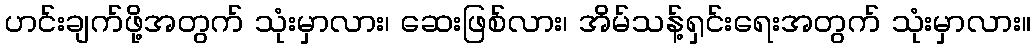
ဟင်းချက်ဖို့အတွက် သုံးမှာလား၊ ဆေးဖြစ်လား၊ အိမ်သန့်ရှင်းရေးအတွက် သုံးမှာလား။